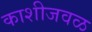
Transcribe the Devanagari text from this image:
काशीजवळ